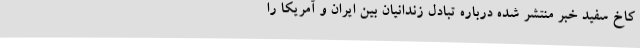
کاخ سفید خبر منتشر شده درباره تبادل زندانیان بین ایران و آمریکا را